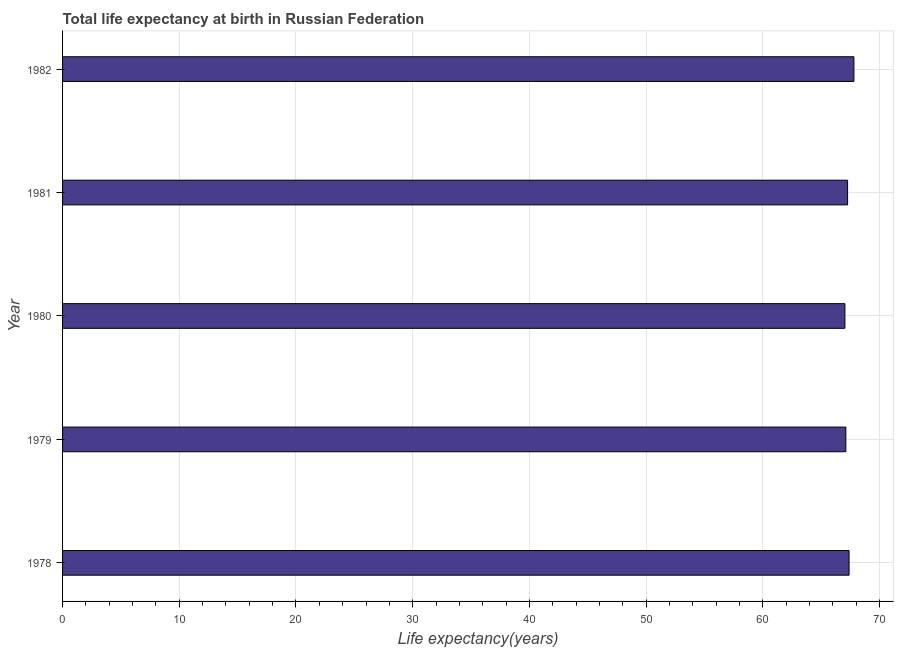
| Year | Life expectancy at birth |
 | --- | --- |
 | 1978 | 67.4 |
 | 1979 | 67.1 |
 | 1980 | 67 |
 | 1981 | 67.3 |
 | 1982 | 67.8 |